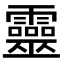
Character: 靈